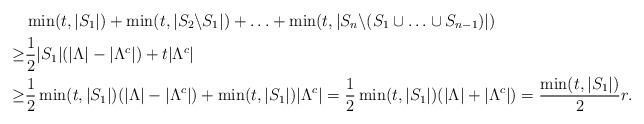
LaTeX: \begin{align*}&\min(t,|S_{1}|)+\min(t,|S_{2}\backslash S_{1}|)+\ldots+\min(t,|S_{n}\backslash(S_{1}\cup\ldots\cup S_{n-1})|)\\\geq&\frac{1}{2}|S_{1}|(|\Lambda|-|\Lambda^{c}|)+t|\Lambda^{c}|\\\geq&\frac{1}{2}\min(t,|S_{1}|)(|\Lambda|-|\Lambda^{c}|)+\min(t,|S_{1}|)|\Lambda^{c}|=\frac{1}{2}\min(t,|S_{1}|)(|\Lambda|+|\Lambda^{c}|)=\frac{\min(t,|S_{1}|)}{2}r.\end{align*}